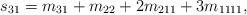
LaTeX: \begin{align*} s_{31} = m_{31} + m_{22} + 2m_{211} + 3m_{1111},\end{align*}